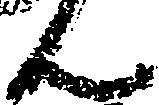
ん